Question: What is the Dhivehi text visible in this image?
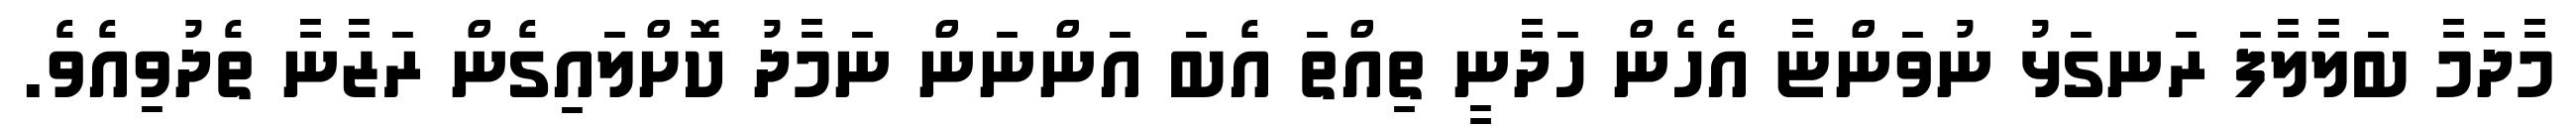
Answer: މާދަމާ ބަލާލާފަ ރަނގަޅު ނުވަންޏާ އެހެން ހަދާނީ ތިއްތަ އެބަ އަންނަން ނަމާދު ކޮށްލައިގެން ރަޒާނާ ތެދުވިއެވެ.